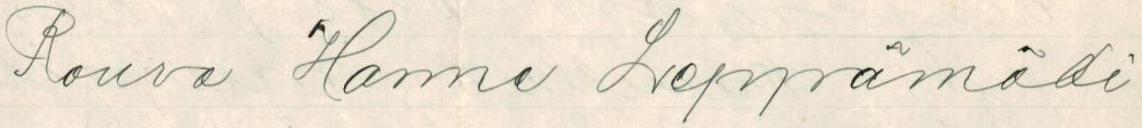
Rouva Hanne Leppämäki